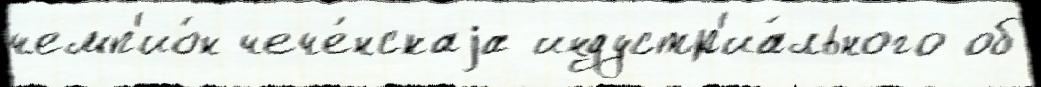
чемп'ио́н чече́нскаjа индустр'иа́льного об